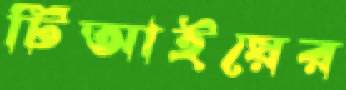
টিআইয়ের